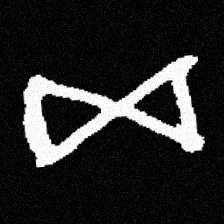
Pyu character \u2014 Myanmar letter: ဆ (romanized: cha)